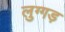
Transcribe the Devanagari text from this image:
लुग्गड़